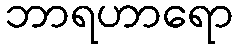
ဘာရဟာရော